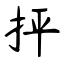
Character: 抨